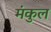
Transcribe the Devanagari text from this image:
मंकुल